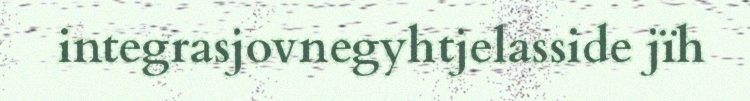
integrasjovnegyhtjelasside jïh